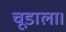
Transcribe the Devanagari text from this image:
चूडाला।